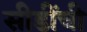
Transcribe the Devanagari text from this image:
सीडींची